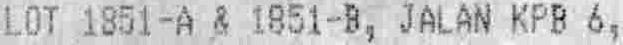
LOT 1851-A & 1851-B, JALAN KPB 6,